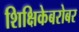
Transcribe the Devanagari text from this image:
शिक्षिकेबरोबर